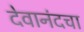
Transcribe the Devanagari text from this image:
देवानंदचा